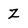
Character: Z